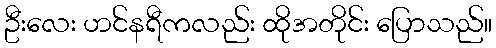
ဦးလေး ဟင်နရီကလည်း ထိုအတိုင်း ပြောသည်။